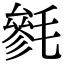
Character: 毿